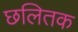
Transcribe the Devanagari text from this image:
छलितक